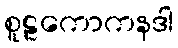
စူဠကောကနဒါ